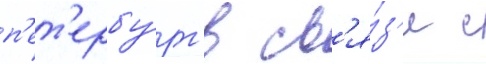
п'ет'ербу́рг в св'я́з'и с